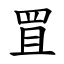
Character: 罝